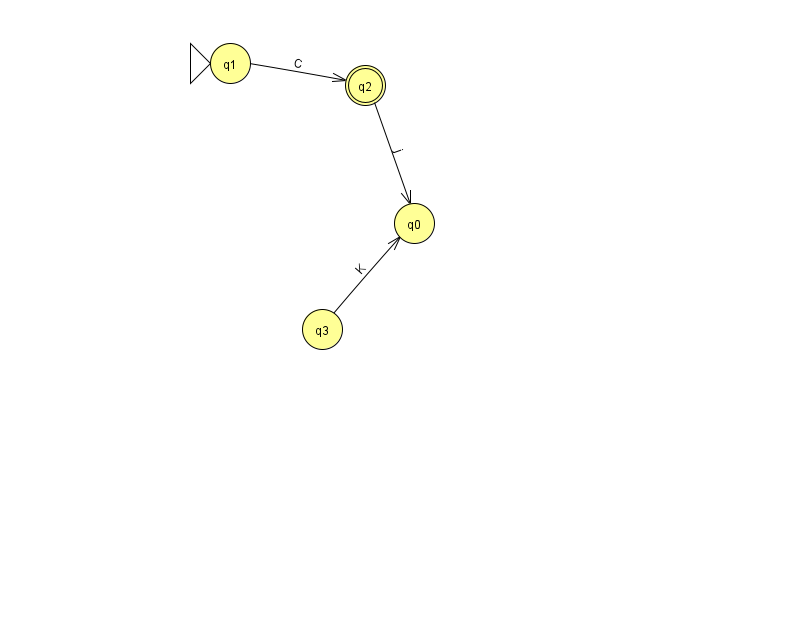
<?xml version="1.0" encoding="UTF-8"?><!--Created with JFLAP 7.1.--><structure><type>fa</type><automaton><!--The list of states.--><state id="0" name="q0"><x>414.0</x><y>210.0</y></state><state id="1" name="q1"><x>230.0</x><y>50.0</y><initial/></state><state id="2" name="q2"><x>365.0</x><y>72.0</y><final/></state><state id="3" name="q3"><x>322.0</x><y>316.0</y></state><!--The list of transitions.--><transition><from>2</from><to>0</to><read>j</read></transition><transition><from>3</from><to>0</to><read>K</read></transition><transition><from>1</from><to>2</to><read>C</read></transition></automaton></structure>